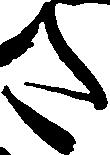
た